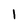
Character: 1